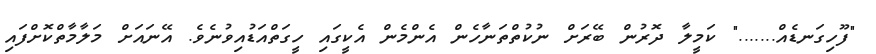
"ފޫހިގަނޑެއް......." ކަމީލާ ދޮރުން ބޭރަށް ނުކުތްތަނާހެން އެންމެން އެކީގައި ހީގަތްއަޑުއިވުނެވެ. އޭނައަށް މަލާމާތްކޮށްފައި